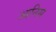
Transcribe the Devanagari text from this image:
आनिस